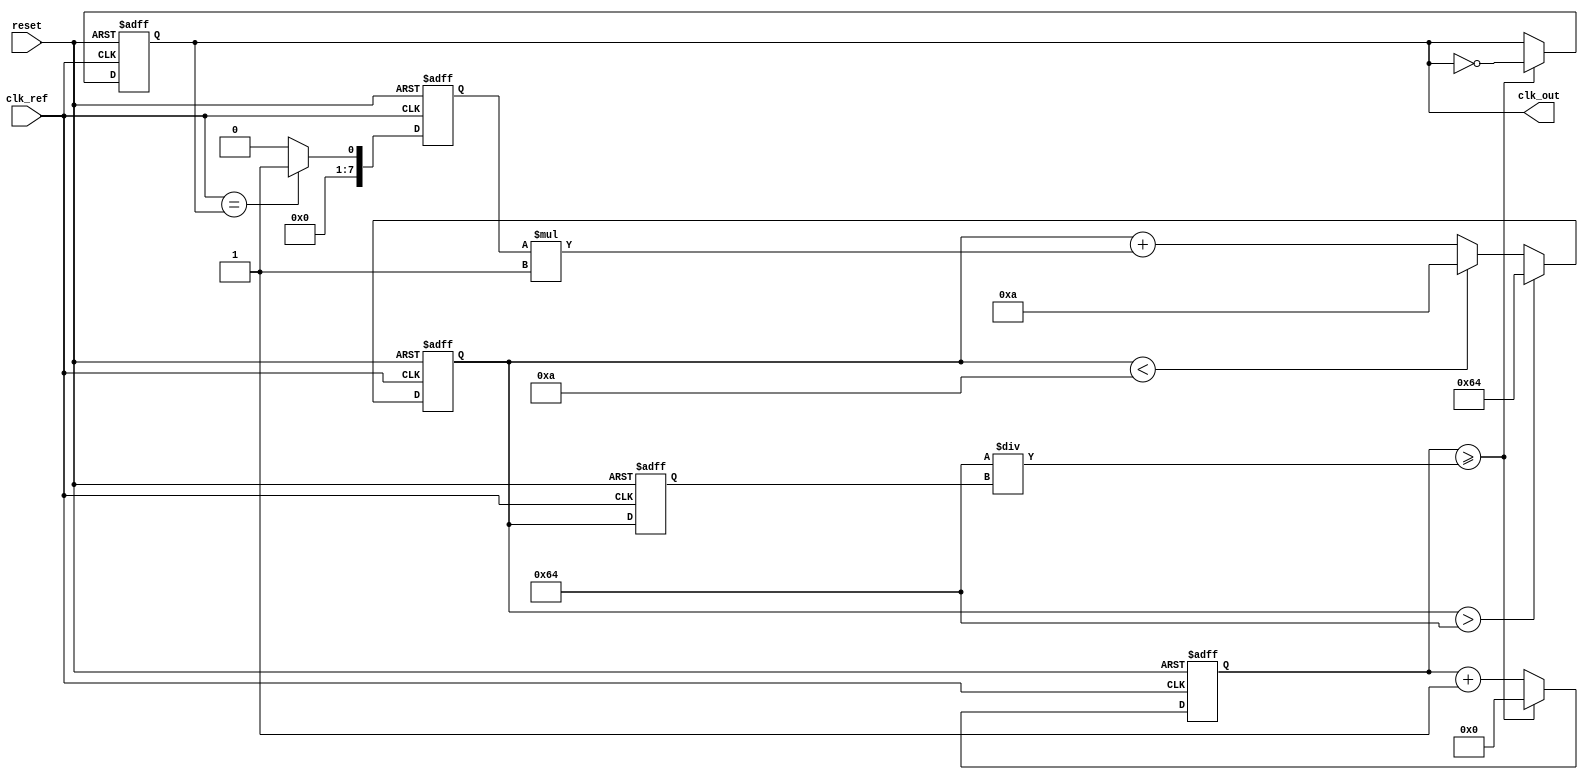
module PLL (
    input wire clk_ref,         // Reference clock input
    input wire reset,           // Reset signal
    output reg clk_out          // Output clock
);

// Parameters
parameter PHASE_DETECTOR_WIDTH = 8; // Width of phase detector output
parameter VCO_MAX_FREQ = 100;        // Maximum frequency of VCO
parameter VCO_MIN_FREQ = 10;         // Minimum frequency of VCO
parameter LOOP_FILTER_GAIN = 1;      // Gain for loop filter

// Internal signals
reg [PHASE_DETECTOR_WIDTH-1:0] phase_error; // Phase error signal
reg [7:0] control_voltage;                  // Control voltage for VCO
reg [7:0] vco_output;                       // VCO output frequency
reg [31:0] counter;                         // Counter for generating output clock

// Phase Detector
always @(posedge clk_ref or posedge reset) begin
    if (reset) begin
        phase_error <= 0;
    end else begin
        // Simple phase detector logic (for illustration)
        // Here we assume clk_out is the feedback signal
        phase_error <= (clk_ref == clk_out) ? 1 : 0; // Example phase comparison
    end
end

// Loop Filter
always @(posedge clk_ref or posedge reset) begin
    if (reset) begin
        control_voltage <= 0;
    end else begin
        // Simple loop filter logic (integrator)
        control_voltage <= control_voltage + (phase_error * LOOP_FILTER_GAIN);
        // Clamp control voltage to VCO range
        if (control_voltage > VCO_MAX_FREQ) begin
            control_voltage <= VCO_MAX_FREQ;
        end else if (control_voltage < VCO_MIN_FREQ) begin
            control_voltage <= VCO_MIN_FREQ;
        end
    end
end

// Voltage-Controlled Oscillator (VCO)
always @(posedge clk_ref or posedge reset) begin
    if (reset) begin
        vco_output <= VCO_MIN_FREQ; // Start at minimum frequency
    end else begin
        // Adjust VCO output based on control voltage
        vco_output <= control_voltage; // Direct mapping for simplicity
    end
end

// Feedback Mechanism and Output Clock Generation
always @(posedge clk_ref or posedge reset) begin
    if (reset) begin
        clk_out <= 0;
        counter <= 0;
    end else begin
        // Generate output clock based on VCO output frequency
        counter <= counter + 1;
        if (counter >= (100 / vco_output)) begin // Adjust counter threshold based on VCO output
            clk_out <= ~clk_out; // Toggle output clock
            counter <= 0;
        end
    end
end

endmodule